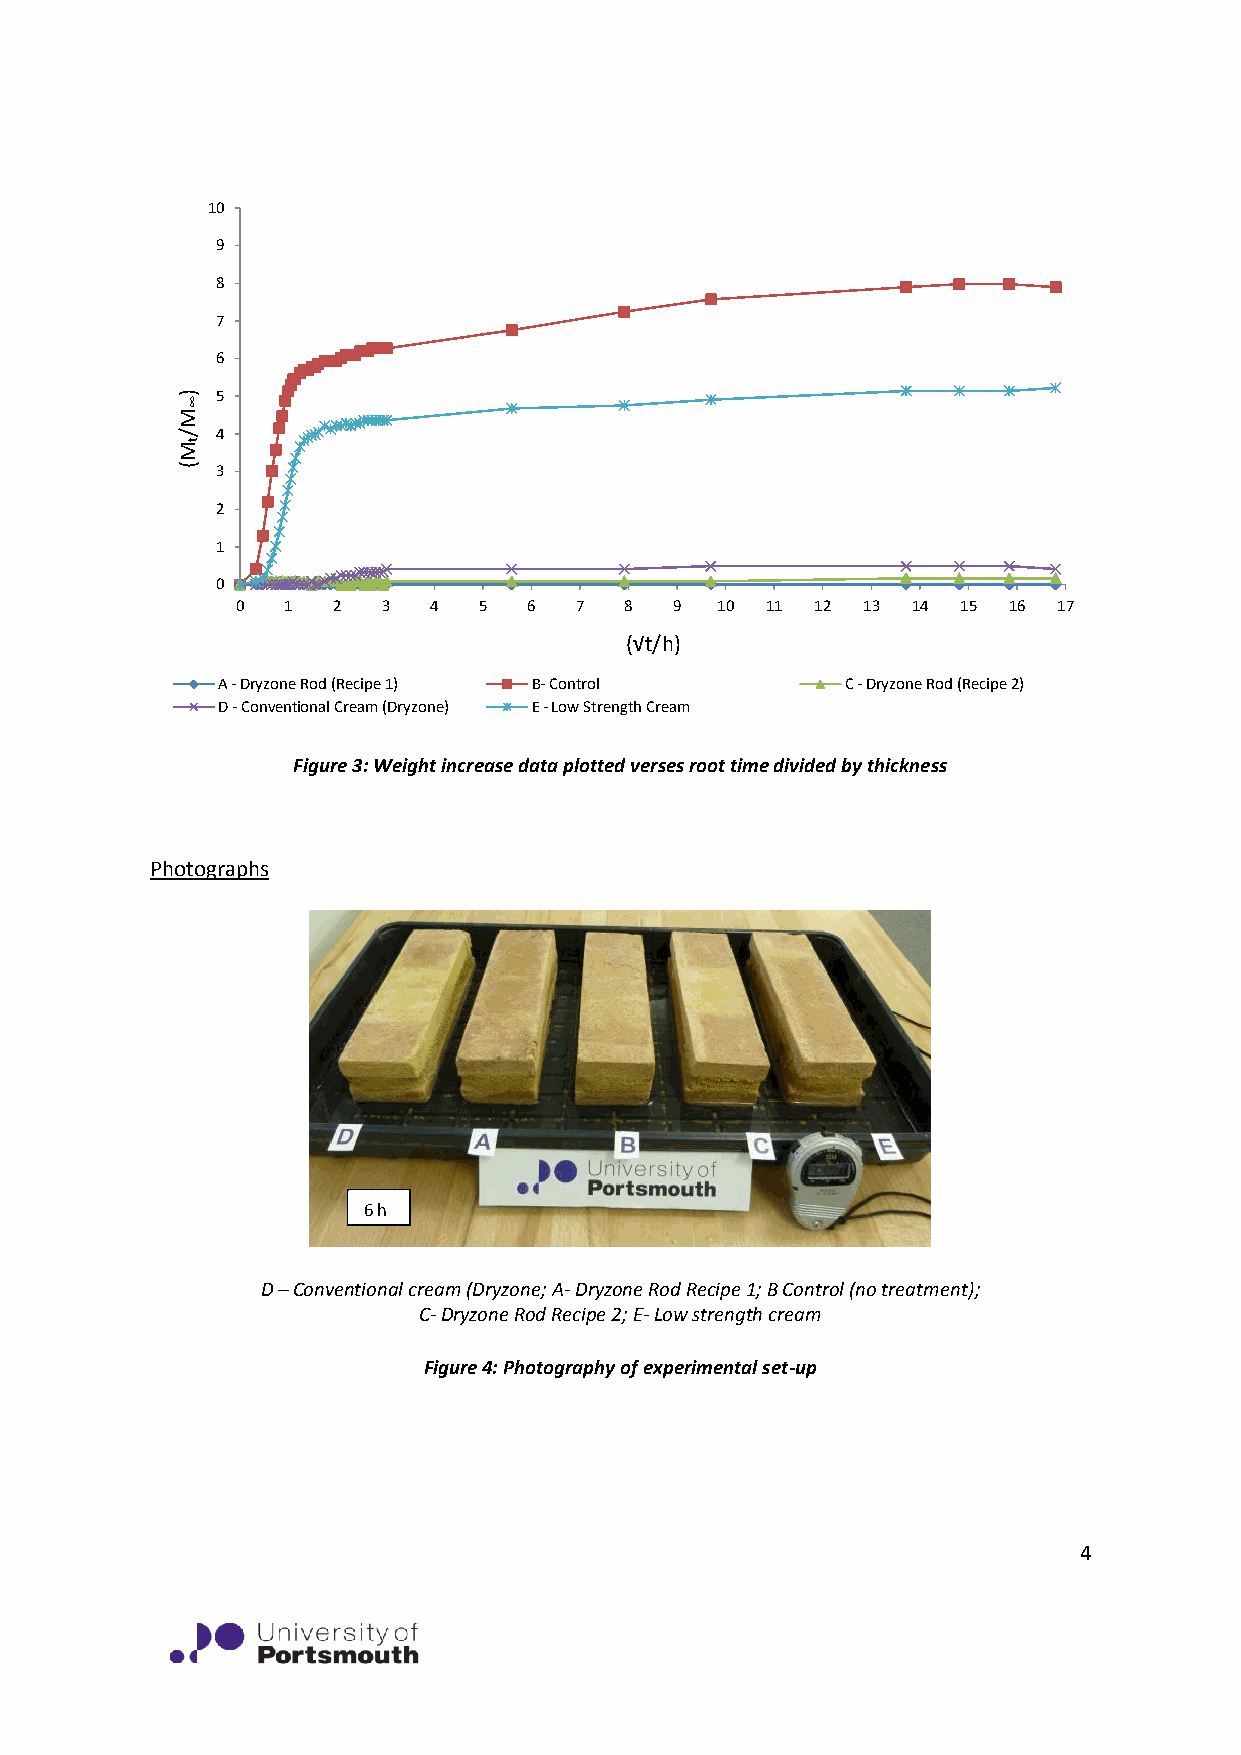
10
 9
 8
 7
 6
 5
 4
 3
 2
 1
 0
 0  1  2  3  4   5  6  7  8   9 10  11 12 13 14  15 16 17
 (√t/h)
 A - Dryzone Rod (Recipe 1) B- Control     C - Dryzone Rod (Recipe 2)
 D - Conventional Cream (Dryzone) E - Low Strength Cream
 Figure 3: Weight increase data plotted verses root time divided by thickness
 Photographs
 6 h
 D – Conventional cream (Dryzone; A- Dryzone Rod Recipe 1; B Control (no treatment);
 C- Dryzone Rod Recipe 2; E- Low strength cream
 Figure 4: Photography of experimental set-up
 4
 )
 M/M(
 ∞
 t